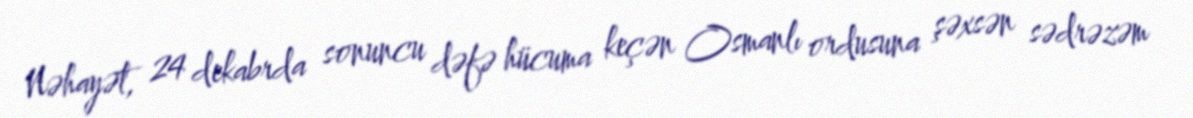
Nəhayət, 24 dekabrda sonuncu dəfə hücuma keçən Osmanlı ordusuna şəxsən sədrəzəm